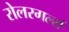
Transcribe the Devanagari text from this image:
रोलरगर्ल्स